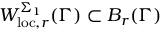
W _ { \mathrm { l o c } , r } ^ { \Sigma _ { 1 } } ( \Gamma ) \subset B _ { r } ( \Gamma )